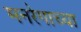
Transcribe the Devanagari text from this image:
मनरेगाच्या